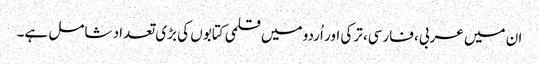
ان میں عربی، فارسی، ترکی اور اُردو میں قلمی کتابوں کی بڑی تعداد شامل ہے۔